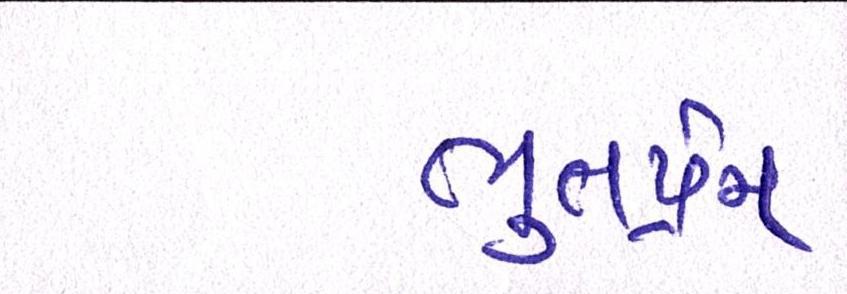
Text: ભુતપ્રેત